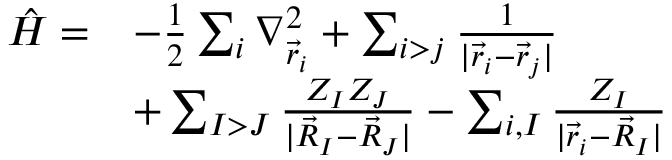
\begin{array} { r l } { \hat { H } = } & { - \frac { 1 } { 2 } \sum _ { i } \nabla _ { \vec { r } _ { i } } ^ { 2 } + \sum _ { i > j } \frac { 1 } { | { \vec { r } _ { i } - \vec { r } _ { j } } | } } \\ & { + \sum _ { I > J } \frac { Z _ { I } Z _ { J } } { | { \vec { R } _ { I } - \vec { R } _ { J } } | } - \sum _ { i , I } \frac { Z _ { I } } { | { \vec { r } _ { i } - \vec { R } _ { I } } | } } \end{array}